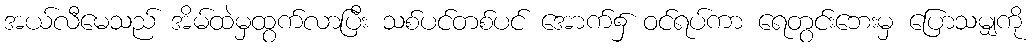
အယ်လီမေသည် အိမ်ထဲမှထွက်လာပြီး သစ်ပင်တစ်ပင် အောက်၌ ဝင်ရပ်ကာ ရေတွင်းဘေးမှ ပြောသမျှကို